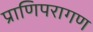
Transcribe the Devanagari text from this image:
प्राणिपरागण